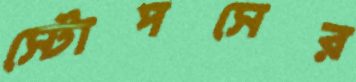
স্টোপসের